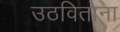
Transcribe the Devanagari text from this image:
उठविताना